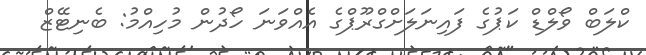
ކްލަބް ވޯލްޑް ކަޕުގެ ފައިނަލަށްގްރޫޕްގެ އެއްވަނަ ހޯދުން މުހިއްމު: ބެނިޓޭޒް